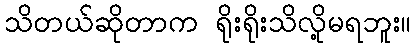
သိတယ်ဆိုတာက ရိုးရိုးသိလို့မရဘူး။